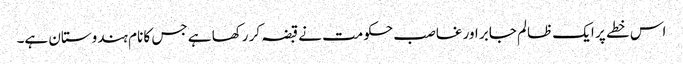
اس خطے پر ایک ظالم جابر اور غاصب حکومت نے قبضہ کر رکھا ہے جس کا نام ہندوستان ہے۔